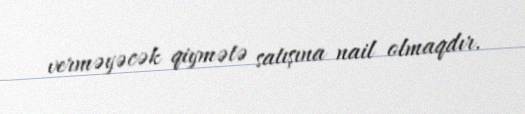
verməyəcək qiymətə satışına nail olmaqdır.